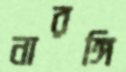
নারঙ্গি